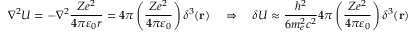
\nabla ^ { 2 } U = - \nabla ^ { 2 } { \frac { Z e ^ { 2 } } { 4 \pi \varepsilon _ { 0 } r } } = 4 \pi \left( { \frac { Z e ^ { 2 } } { 4 \pi \varepsilon _ { 0 } } } \right) \delta ^ { 3 } ( \mathbf { r } ) \quad \Rightarrow \quad \delta U \approx { \frac { \hbar ^ { 2 } } { 6 m _ { e } ^ { 2 } c ^ { 2 } } } 4 \pi \left( { \frac { Z e ^ { 2 } } { 4 \pi \varepsilon _ { 0 } } } \right) \delta ^ { 3 } ( \mathbf { r } )